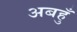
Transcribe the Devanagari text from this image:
अबहुँ